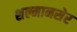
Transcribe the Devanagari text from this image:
शल्मानसेर